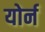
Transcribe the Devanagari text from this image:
योर्न